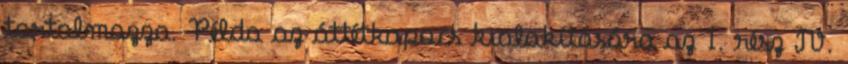
tartalmazza. Példa az áttétkapocs kialakítására az 1. rész IV.